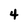
Character: 4